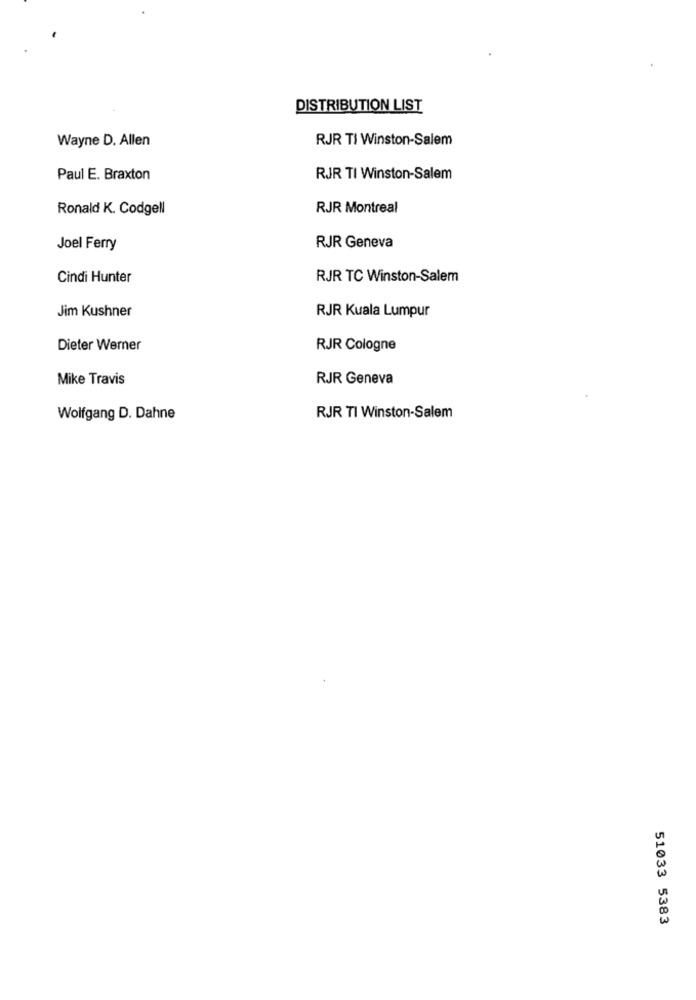
DISTRIBUTION LIST
Wayne D. Allen
RJR TI Winston-Salem
Paul E. Braxton
RJR TI Winston-Salem
Ronald K. Codgell
RJR Montreal
Joel Ferry
RJR Geneva
Cindi Hunter
RJR TC Winston-Salem
Jim Kushner
RJR Kuala Lumpur
Dieter Werner
RJR Cologne
Mike Travis
RJR Geneva
Wolfgang D. Dahne
RJR TI Winston-Salem
51033 5383